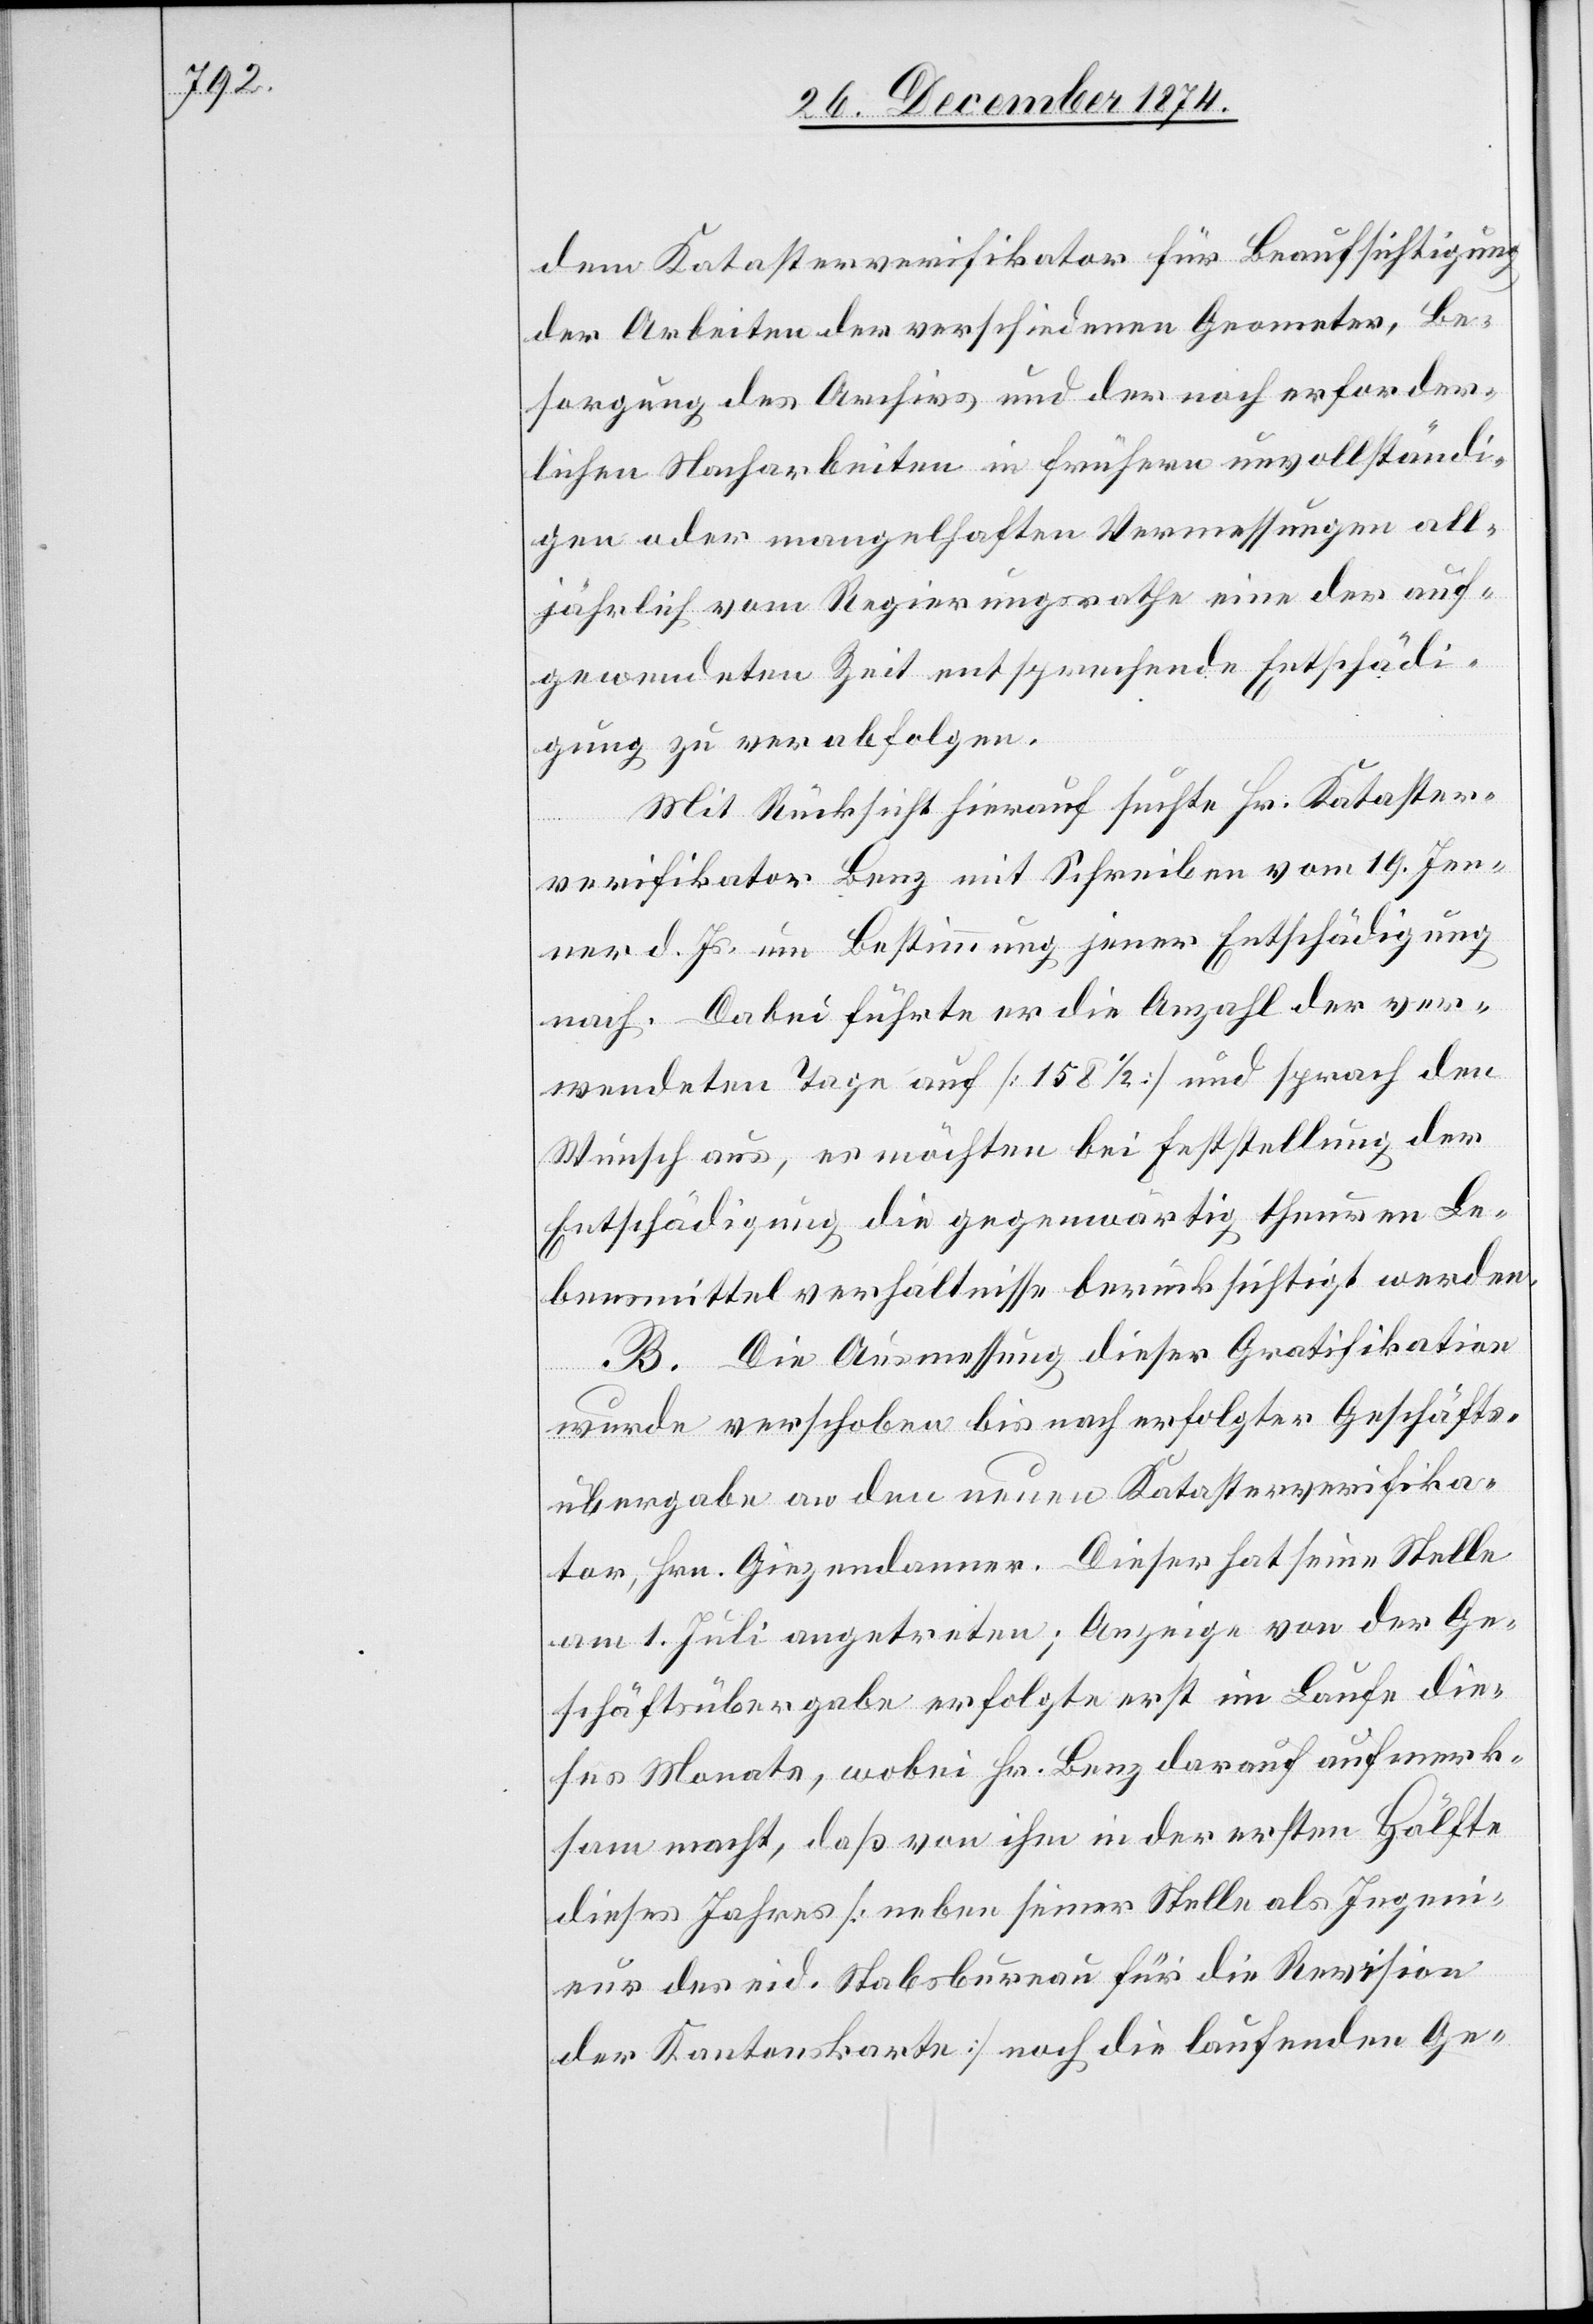
dem Katasterverifikator für Beaufsichtigung
der Arbeiten der verschiedenen Geometer, Be¬
sorgung des Archivs und der noch erforder¬
lichen Nacharbeiten in frühern unvollständi¬
gen oder mangelhaften Vermessungen all¬
jährlich vom Regierungsrathe eine der auf¬
gewendeten Zeit entsprechende Entschädi¬
gung zu verabfolgen.
Mit Rücksicht hierauf suchte Hr. Kataster¬
verifikator Benz mit Schreiben vom 19. Jen¬
ner d. Js. um Bestimmung jener Entschädigung
nach. Dabei führte er die Anzahl der ver¬
wendeten Tage auf [158 1/2] und sprach den
Wunsch aus, es möchten bei Feststellung der
Entschädigung die gegenwärtig theuren Le¬
bensmittelverhältnisse berücksichtigt werden.
B. Die Ausmessung dieser Gratifikation
wurde verschoben bis nach erfolgter Geschäfts¬
übergabe an den neuen Katasterverifika¬
tor, Hrn. Giezendanner. Dieser hat seine Stelle
am 1. Juli angetreten; Anzeige von der Ge¬
schäftsübergabe erfolgte erst im Laufe die¬
ses Monats, wobei Hr. Benz darauf aufmerk¬
sam macht, daß von ihm in der ersten Hälfte
dieses Jahres [neben seiner Stelle als Ingeni¬
eur des eid. Stabsbureau für die Revision
der Kantonskarte] noch die laufenden Ge-